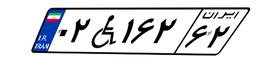
۰۷W۹۰۶۳۷